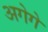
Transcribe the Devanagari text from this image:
अगेगे